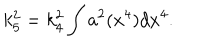
LaTeX: k _ { 5 } ^ { 2 } = k _ { 4 } ^ { 2 } \int a ^ { 2 } ( x ^ { 4 } ) d x ^ { 4 } .